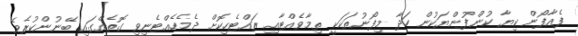
ފެއާފޯން ކިޔާ ކުންފުންޔަކުން ހަދާ މިފޯނުތަކަކީ ތިމާވެއްޓާއި ރައްޓެހިކޮށް ދެމެހެއްޓެނިވި ގޮތެއްގައި ބޭނުންކުރެވޭ